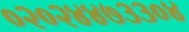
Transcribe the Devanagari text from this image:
०२०२४४७३३०४